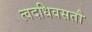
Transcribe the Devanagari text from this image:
त्वदधिवसतौ